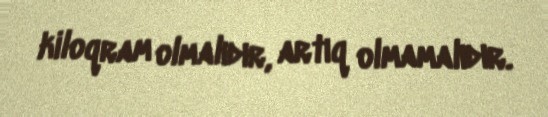
kiloqram olmalıdır, artıq olmamalıdır.